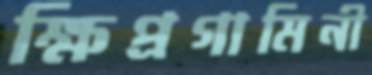
ক্ষিপ্রগামিনী